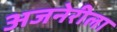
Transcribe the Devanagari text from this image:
अजनेरीला